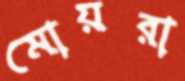
মোয়রা